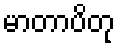
မာတာပိတု